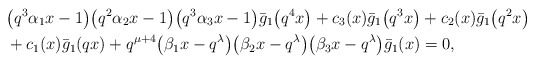
\begin{align*}& \big( q^3\alpha_1 x -1\big) \big(q^2 \alpha_2 x -1\big) \big(q^3 \alpha_3 x -1\big) \bar{g}_1\big(q^4 x\big) +c_3(x) \bar{g}_1\big(q^3 x\big) +c_2(x) \bar{g}_1\big(q^2 x\big) \\&+c_1(x) \bar{g}_1(q x) + q^{\mu +4} \big( \beta_1 x - q^{\lambda} \big) \big(\beta_2 x-q^{\lambda} \big) \big(\beta_3 x-q^{\lambda} \big) \bar{g}_1( x) =0,\end{align*}